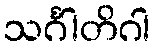
သင်္ဂါတိဂါ